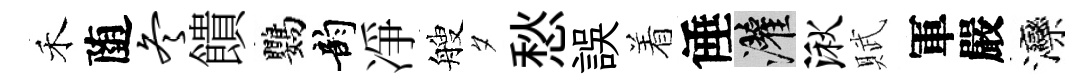
禾随冬饋鸚韵凈艘夕愁誤着倕灌湫賦軍嚴灤